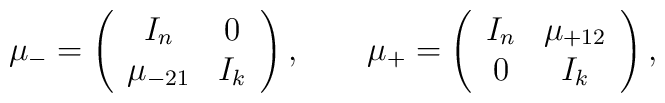
\mu_- = \left( \begin{array}{cc}I_n & 0 \\\mu_{-21} & I_k\end{array} \right), \qquad\mu_+ = \left( \begin{array}{cc}I_n & \mu_{+12} \\0 & I_k\end{array} \right),